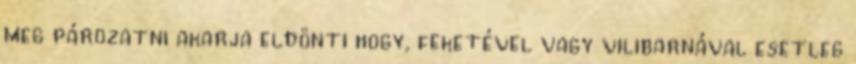
meg pározatni akarja eldönti hogy, feketével vagy vilibarnával esetleg